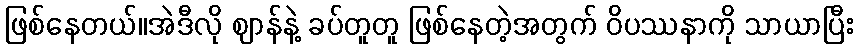
ဖြစ်နေတယ်။အဲဒီလို ဈာန်နဲ့ ခပ်တူတူ ဖြစ်နေတဲ့အတွက် ဝိပဿနာကို သာယာပြီး